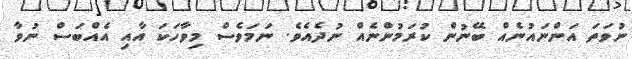
ނުވަތަ އަންނައުނެއް ބޭނުން ކުރަމުންނެއް ނުދެއެވެ. ނަމަވެސް މިވާހަކަ އާއި އެއްބަސް ނުވާ